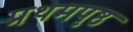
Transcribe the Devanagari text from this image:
प्रथमपृष्ठ